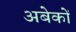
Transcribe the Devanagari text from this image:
अबेकों